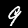
Digit: 9